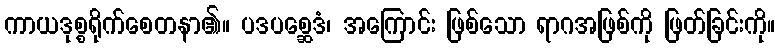
ကာယဒုစ္စရိုက်စေတနာ၏။ ပဒပစ္ဆေဒံ၊ အကြောင်း ဖြစ်သော ရာဂအဖြစ်ကို ဖြတ်ခြင်းကို။